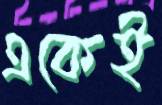
একেই